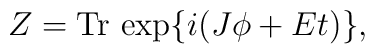
Z = \hbox{Tr}\,\exp\{ i (J\phi + Et)\} ,